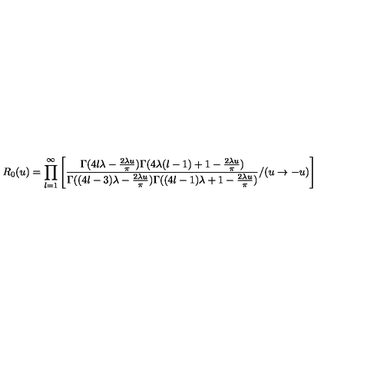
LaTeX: R _ { 0 } ( u ) = \prod _ { l = 1 } ^ { \infty } \left[ \frac { \Gamma ( 4 l \lambda - \frac { 2 \lambda u } { \pi } ) \Gamma ( 4 \lambda ( l - 1 ) + 1 - \frac { 2 \lambda u } { \pi } ) } { \Gamma ( ( 4 l - 3 ) \lambda - \frac { 2 \lambda u } { \pi } ) \Gamma ( ( 4 l - 1 ) \lambda + 1 - \frac { 2 \lambda u } { \pi } ) } / ( u \to - u ) \right]